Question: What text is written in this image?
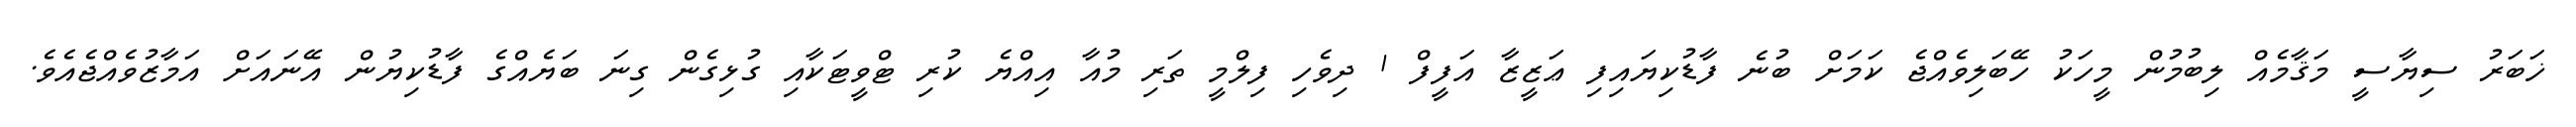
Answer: ޚަބަރު ސިޔާސީ މަޤާމެއް ލިބުމުން މީހަކު ހޭބަލިވެއްޖެ ކަމަށް ބުނެ ފާޑުކިޔައިފި ޢަޒީޒާ އަފީފް 1 ދިވެހި ފިލްމީ ތަރި މުއާ އިއްޔެ ކުރި ޓްވީޓަކާއި ގުޅިގެން ގިނަ ބަޔެއްގެ ފާޑުކިޔުން އޭނައަށް އަމާޒުވެއްޖެއެވެ.